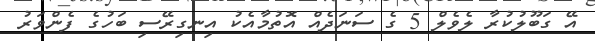
އޭ ގަބޫލުކުރާ ލެވެލް 5 ގެ ސަނަދެއް އޮތުމާއެކު އިނގިރޭސި ބަހުގެ ފެންވަރު